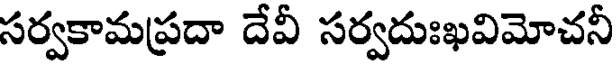
సర్వకామప్రదా దేవీ సర్వదుఃఖవిమోచనీ